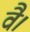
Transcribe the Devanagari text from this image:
वै।